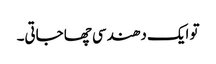
تو ایک دھندسی چھا جاتی۔